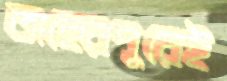
তাহেরপুরেই